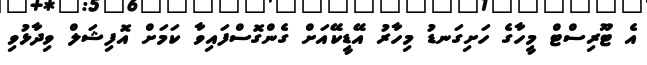
އެ ޓޫރިސްޓް މީހާގެ ހަށިގަނޑު މިހާރު އޭޑީކޭއަށް ގެންގޮސްފައިވާ ކަމަށް އޮފިޝަލް ވިދާޅުވި